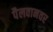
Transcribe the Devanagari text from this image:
पैलवानवर